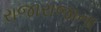
રાજારાજાના